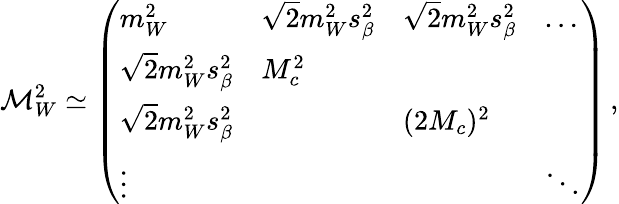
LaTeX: {\cal M}_{W}^{2}\simeq\left(\begin{array}{llll}{{m_{W}^{2}}}&{{\sqrt{2}m_{W}^{2}s_{\beta}^{2}}}&{{\sqrt{2}m_{W}^{2}s_{\beta}^{2}}}&{{\dots}}\\ {{\sqrt{2}m_{W}^{2}s_{\beta}^{2}}}&{{M_{c}^{2}}}&{{}}&{{}}\\ {{\sqrt{2}m_{W}^{2}s_{\beta}^{2}}}&{{}}&{{(2M_{c})^{2}}}&{{}}\\ {{\vdots}}&{{}}&{{}}&{{\ddots}}\end{array}\right)\, ,